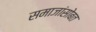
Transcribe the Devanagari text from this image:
समाजांसोबत